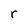
Character: r